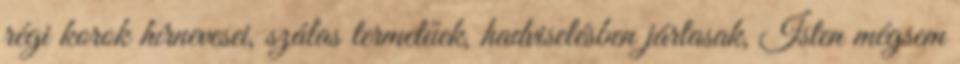
régi korok hírnevesei, szálas termetűek, hadviselésben jártasak, Isten mégsem